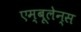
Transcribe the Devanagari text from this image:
एम्बूलेन्स